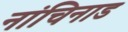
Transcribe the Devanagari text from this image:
नांचिनाड